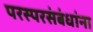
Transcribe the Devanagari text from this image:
परस्परसंबंधांना